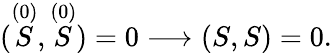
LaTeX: (\stackrel{(0)}{S},\stackrel{(0)}{S})=0\longrightarrow(S,S)=0.